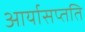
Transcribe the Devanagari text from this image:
आर्यासप्तति